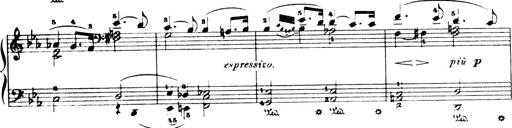
Title: Wagner-Liszt Album
Composer: Franz Liszt